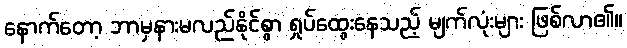
နောက်တော့ ဘာမှနားမလည်နိုင်စွာ ရှုပ်ထွေးနေသည့် မျက်လုံးများ ဖြစ်လာ၏။